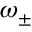
\omega _ { \pm }